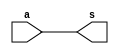
// -------------------------
// Exemplo0025 - COMPARADOR 
// Nome: Guilherme Rodrigues Melo de Oliveira
// ------------------------- 
// ------------------------- 
// comparador
// ------------------------- 
module comparador (output[5:0] s,
input [5:0] a); 
// descrever por portas 
assign s = (a);             // ISSO NAO E' UM COMPARADOR!
endmodule // comparador 
module test_comparador; 
// ------------------------- definir dados 
reg [5:0] x;  
wire [5:0] soma; 

comparador modulo (soma,x);
// ------------------------- parte principal 
initial begin 
$display("Exemplo0025 - Guilherme Rodrigues Melo de Oliveira - 427409"); 
$display("Test ALU's comparator diference");

x = 6'b010000;

$display("%b = %d = %b ",x,(soma+1),~(soma));  
 
end 
endmodule // test_comparador